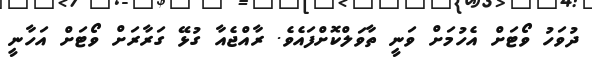
ދުވަހު ވޯޓަށް އެހުމަށް ވަނީ ތާވަލްކޮށްފައެވެ. ރާއްޖެއާ ގުޅޭ ގަރާރަށް ވޯޓަށް އަހާނީ